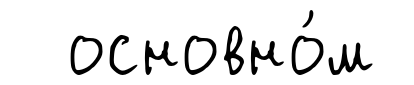
основно́м